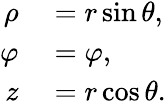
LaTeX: \begin{array}{rl}{\rho}&{{}=r\sin\theta,}\\ {\varphi}&{{}=\varphi,}\\ {z}&{{}=r\cos\theta.}\end{array}